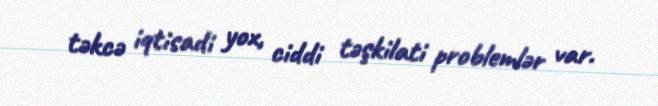
təkcə iqtisadi yox, ciddi təşkilati problemlər var.